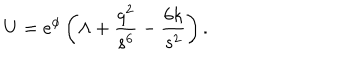
LaTeX: U = e ^ { \phi } \left( \Lambda + \frac { q ^ { 2 } } { s ^ { 6 } } - \frac { 6 k } { s ^ { 2 } } \right) .